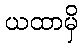
ယထာမှိ